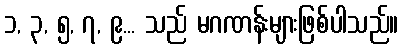
၁, ၃, ၅, ၇, ၉... သည် မဂဏန်းများဖြစ်ပါသည်။